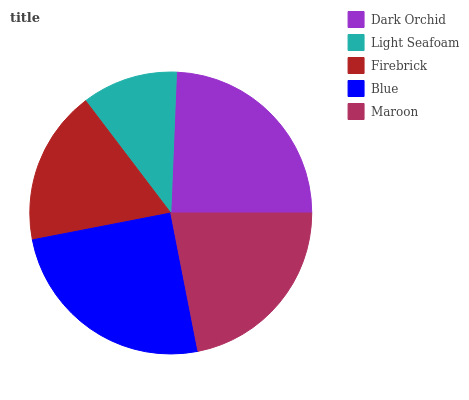
| Dark Orchid | Light Seafoam | Firebrick | Blue | Maroon |
 | --- | --- | --- | --- | --- |
 | 24.4% | 11% | 17.7% | 25% | 22% |